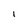
Character: l